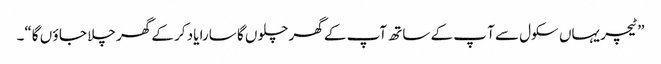
”ٹیچر یہاں سکول سے آ پ کے ساتھ آپ کے گھر چلو ں گا سارا یاد کر کے گھر چلا جا ؤ ں گا“۔